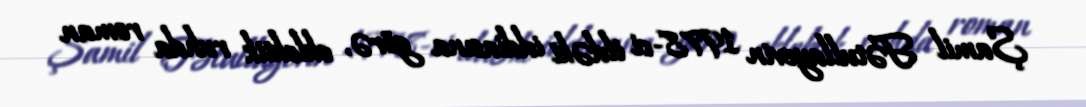
Şamil Fətullayevin 1978-ci ildəki iddiasına görə, eklektik ruhda roman